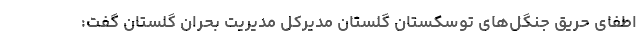
اطفای حریق جنگل‌های توسکستان گلستان مدیرکل مدیریت بحران گلستان گفت: